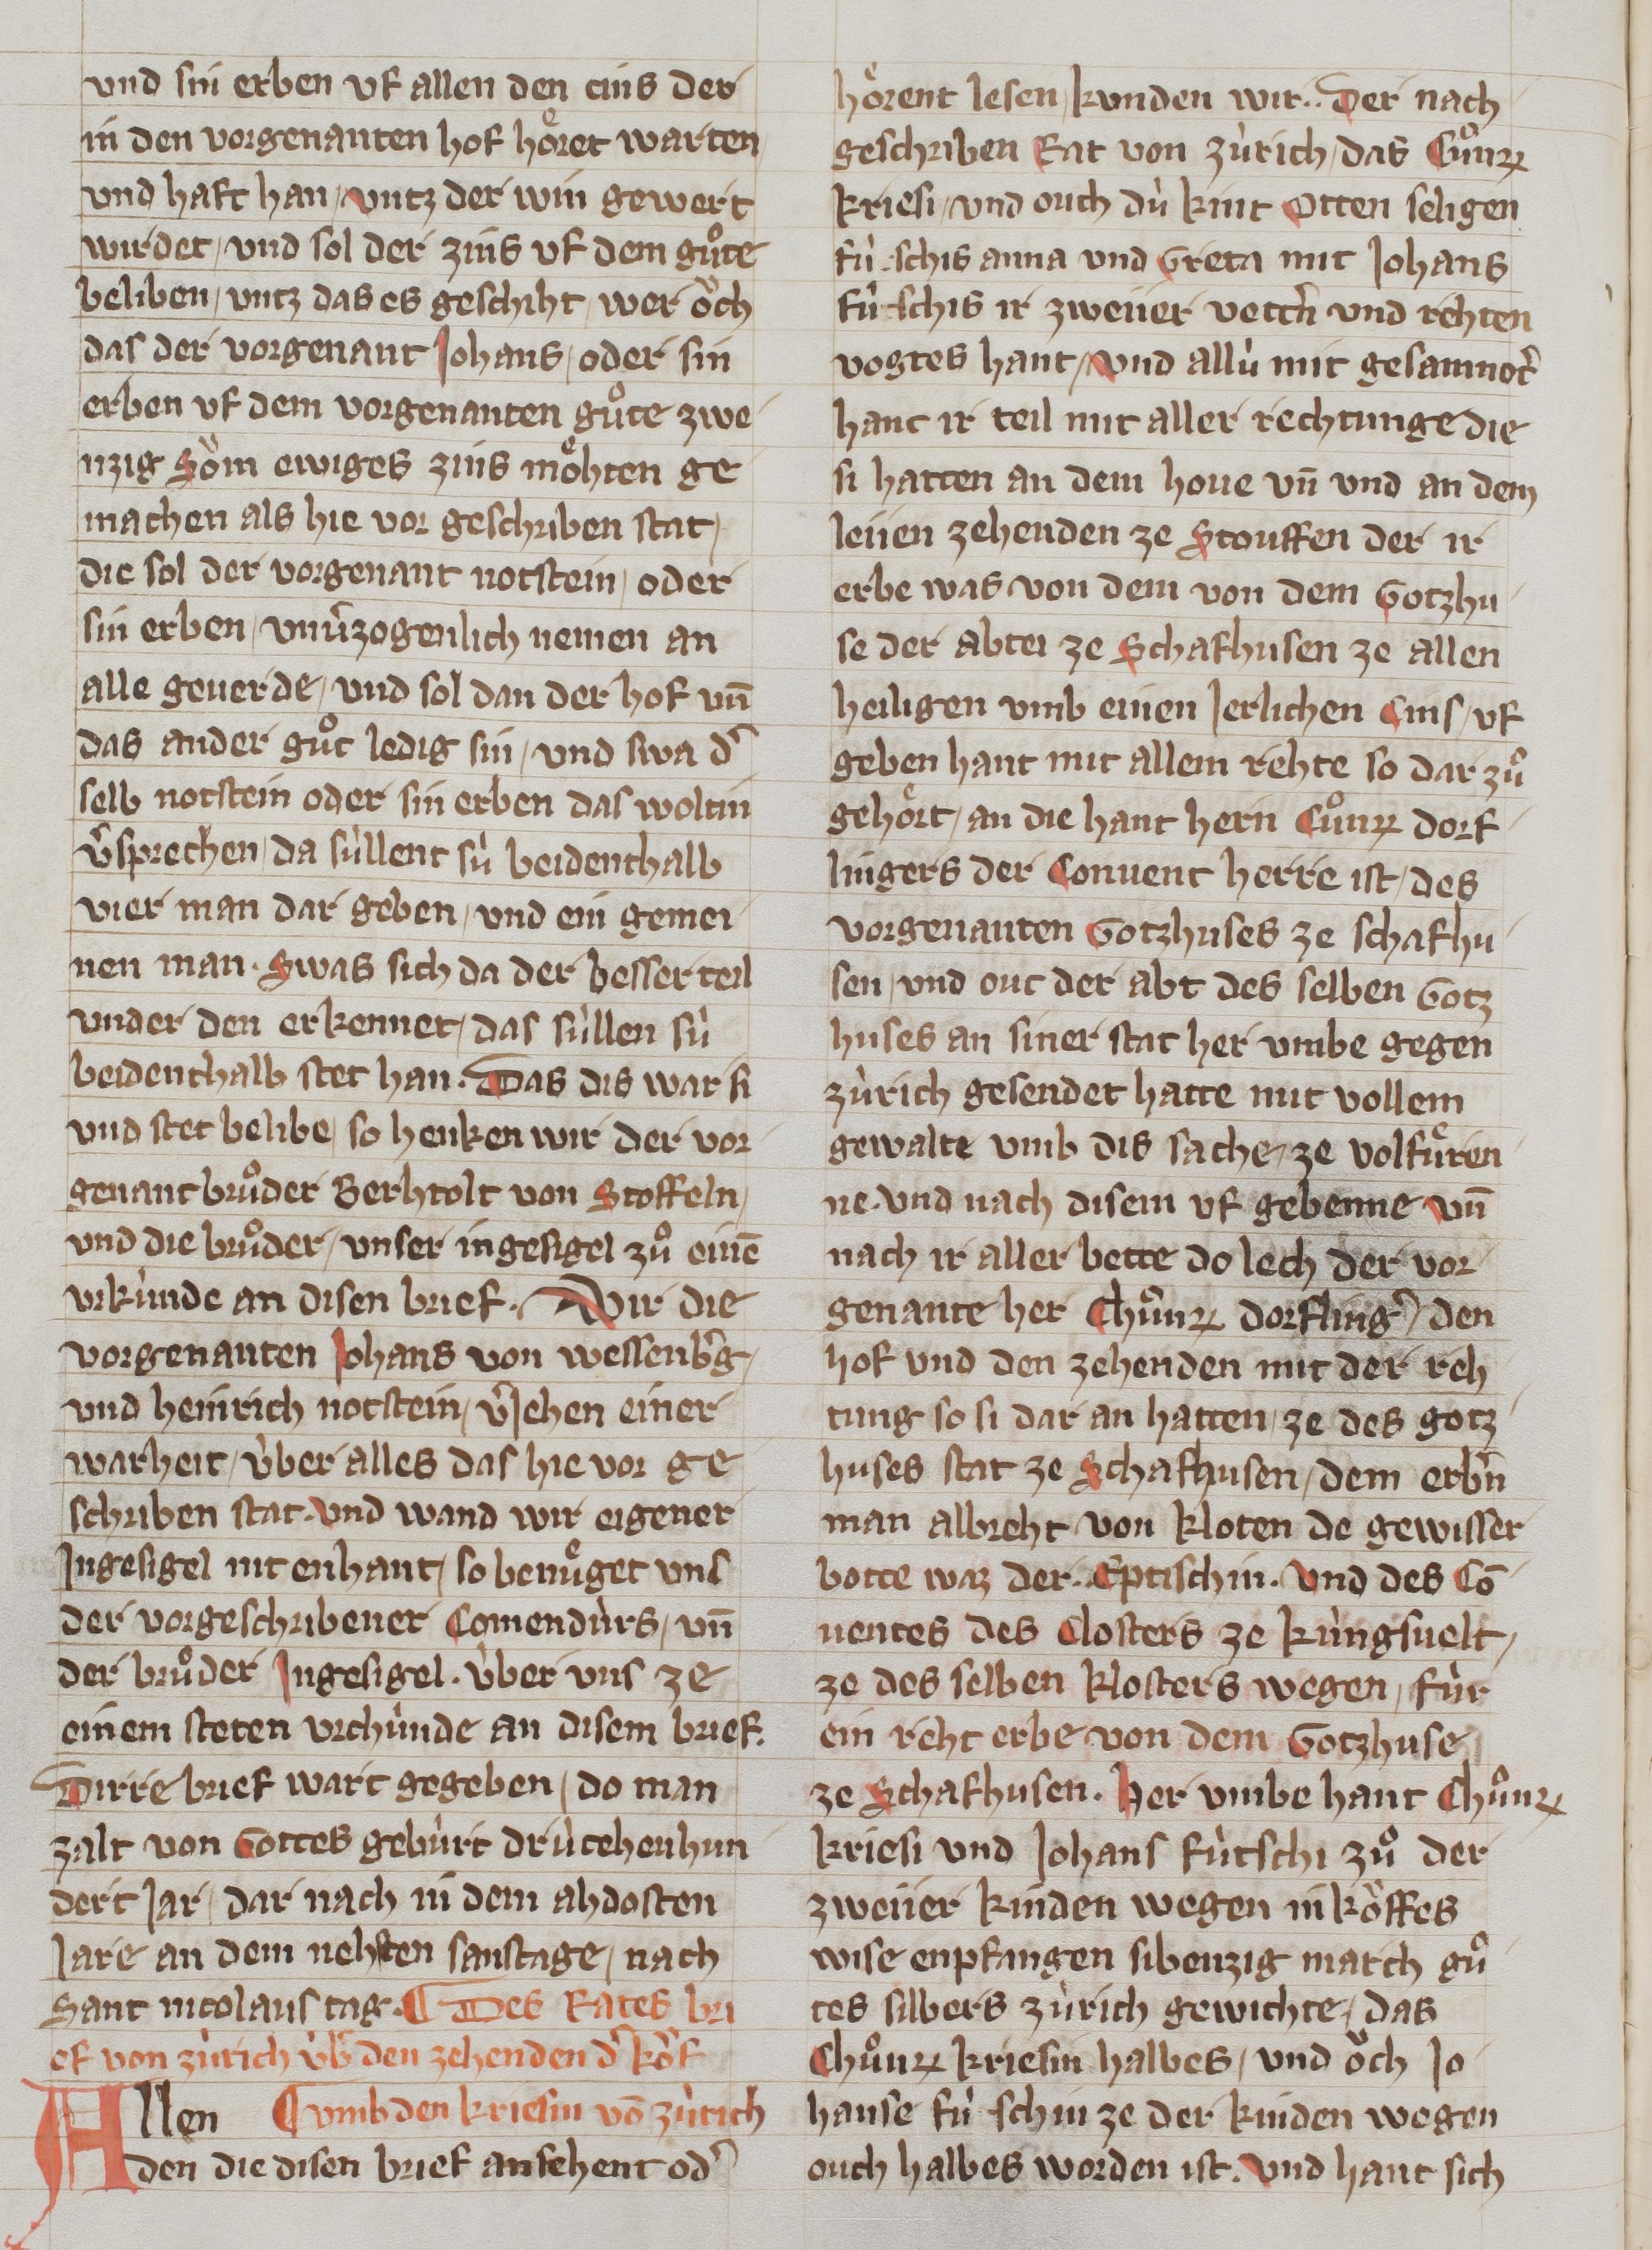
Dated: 1320–1345